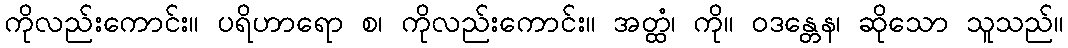
ကိုလည်းကောင်း။ ပရိဟာရော စ၊ ကိုလည်းကောင်း။ အတ္ထံ၊ ကို။ ဝဒန္တေန၊ ဆိုသော သူသည်။